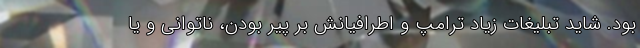
بود. شاید تبلیغات زیاد ترامپ و اطرافیانش بر پیر بودن، ناتوانی و یا